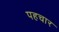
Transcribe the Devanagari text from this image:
पहचार